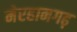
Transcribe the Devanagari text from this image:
मेरहानगढ़